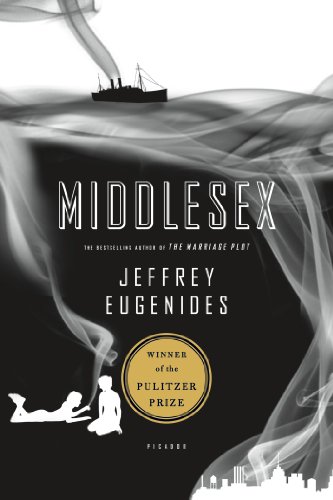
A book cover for Middlesex: A Novel (Oprah's Book Club); Jeffrey Eugenides; Literature & Fiction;